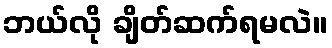
ဘယ်လို ချိတ်ဆက်ရမလဲ။